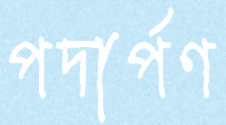
পদার্পণ